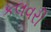
કલવરી